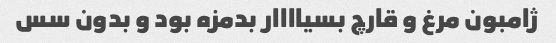
ژامبون مرغ و قارچ بسیاااار بدمزه بود و بدون سس